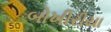
બોખીરીયા